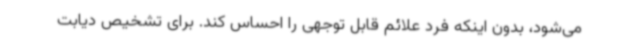
می‌شود، بدون اینکه فرد علائم قابل توجهی را احساس کند. برای تشخیص دیابت